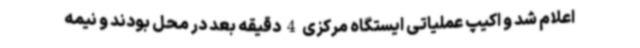
اعلام شد و اکیپ عملیاتی ایستگاه مرکزی 4 دقیقه بعد در محل بودند و نیمه